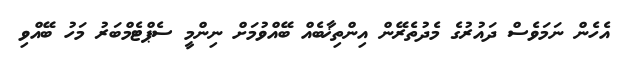
އެހެން ނަމަވެސް ދައުރުގެ މެދުތެރޭން އިންތިޚާބެއް ބޭއްވުމަށް ނިންމީ ސެޕްޓެމްބަރު މަހު ބޭއްވި